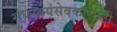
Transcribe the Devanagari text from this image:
संघस्वयंसेवकांसाठी